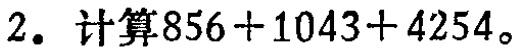
2. 计算\(856 + 1043 + 4254\)。